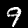
Digit: 9